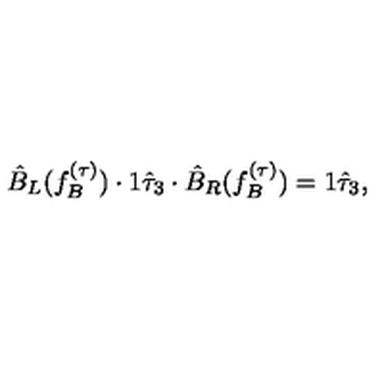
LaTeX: \hat { B } _ { L } ( f _ { B } ^ { ( \tau ) } ) \cdot 1 \hat { \tau } _ { 3 } \cdot \hat { B } _ { R } ( f _ { B } ^ { ( \tau ) } ) = 1 \hat { \tau } _ { 3 } ,